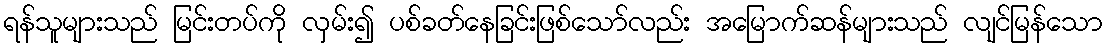
ရန်သူများသည် မြင်းတပ်ကို လှမ်း၍ ပစ်ခတ်နေခြင်းဖြစ်သော်လည်း အမြောက်ဆန်များသည် လျင်မြန်သော